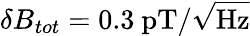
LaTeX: \delta B_{tot}=0.3~\mathrm{pT/\sqrt{Hz}}